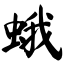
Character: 蛾